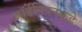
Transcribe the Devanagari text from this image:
जॉर्डेनियनकडे